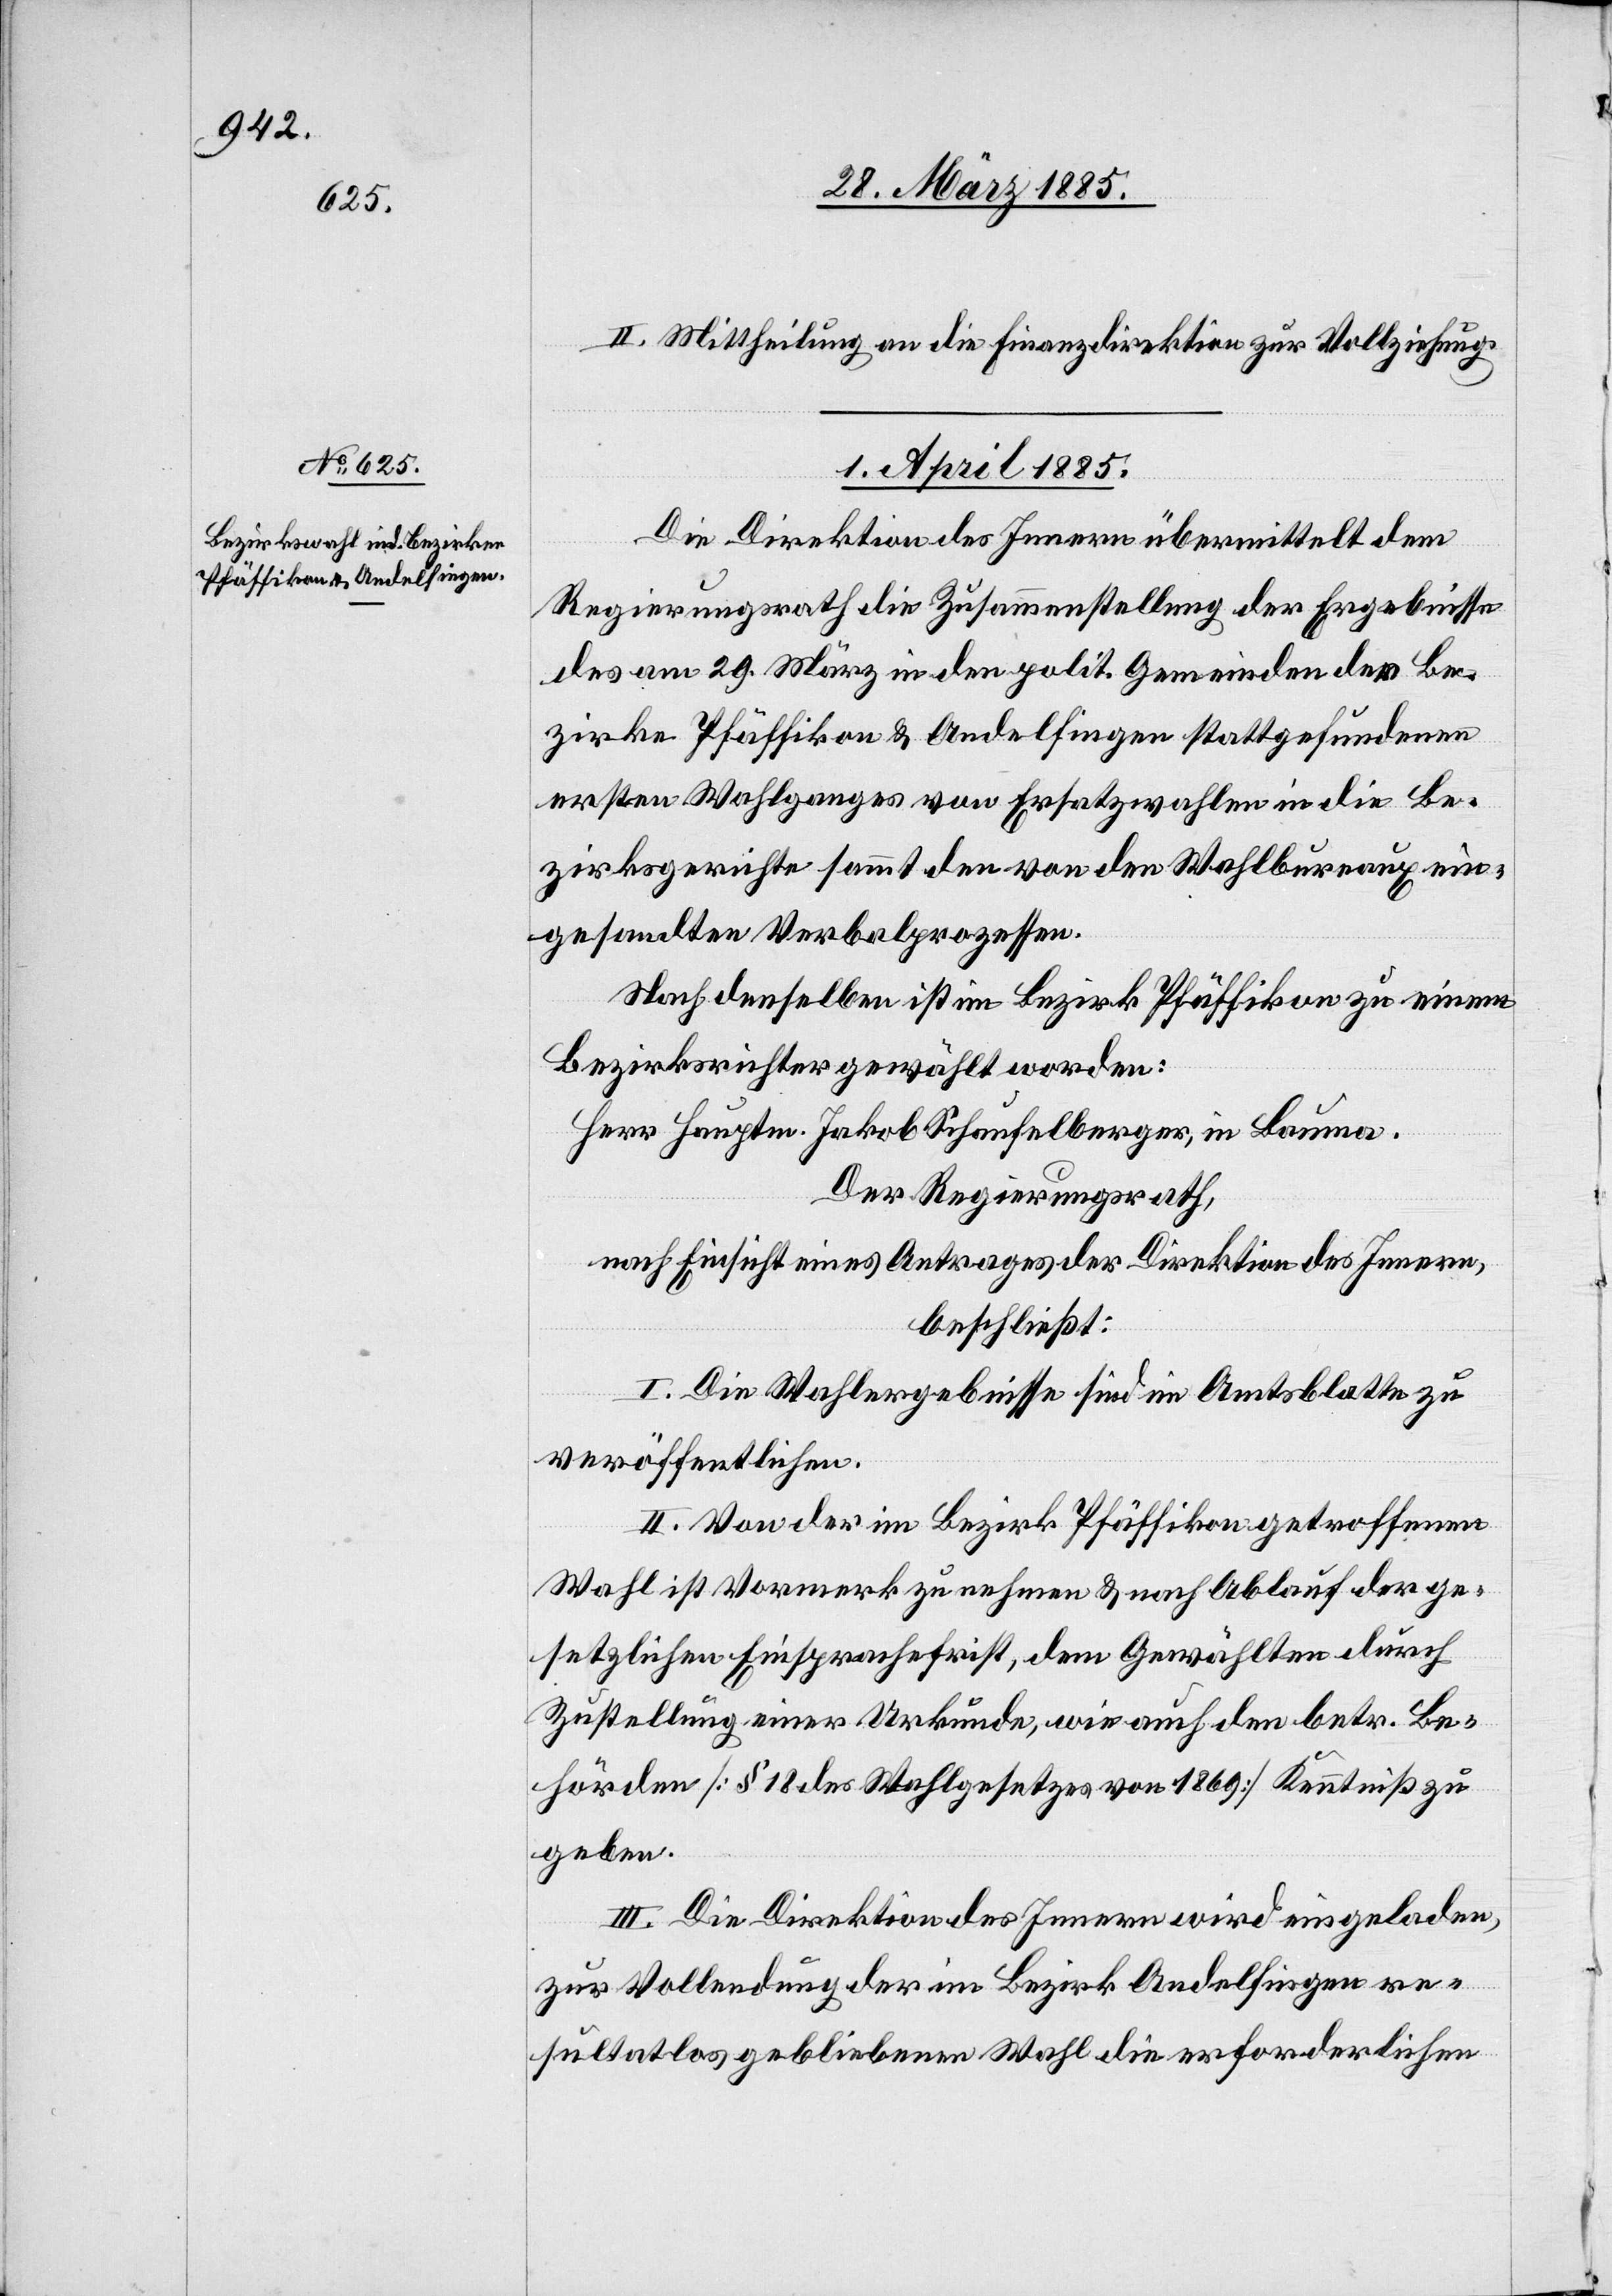
II. Mittheilung an die Finanzdirektion zur Vollziehung.
1. April 1885.
Die Direktion des Innern übermittelt dem
Regierungsrath die Zusammenstellung der Ergebnisse
des am 29. März in den polit. Gemeinden der Be¬
zirke Pfäffikon & Andelfingen stattgefundenen
ersten Wahlganges von Ersatzwahlen in die Be¬
zirksgerichte sammt den von den Wahlbureau ein¬
gesandten Verbalprozessen.
Nach denselben ist im Bezirk Pfäffikon zu einem
Bezirksrichter gewählt worden:
Herr Hauptm. Jakob Schaufelberger, in Bauma.
Der Regierungsrath,
nach Einsicht eines Antrages der Direktion des Innern,
beschließt:
I. Die Wahlergebnisse sind im Amtsblatte zu
veröffentlichen.
II. Von der im Bezirk Pfäffikon getroffenen
Wahl ist Vormerk zu nehmen & nach Ablauf der ge¬
setzlichen Einsprachefrist, dem Gewählten durch
Zustellung einer Urkunde, wie auch den betr. Be¬
hörden [§ 18 des Wahlgesetzes von 1869] Kenntniß zu
geben.
III. Die Direktion des Innern wird eingeladen,
zur Vollendung der im Bezirk Andelfingen re¬
sultatlos gebliebenen Wahl die erforderlichen